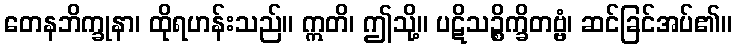
တေနဘိက္ခုနာ၊ ထိုရဟန်းသည်။ ဣတိ၊ ဤသို့။ ပဋိသဉ္စိက္ခိတဗ္ဗံ၊ ဆင်ခြင်အပ်၏။